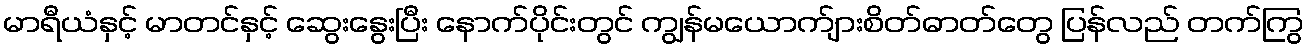
မာရီယံနှင့် မာတင်နှင့် ဆွေးနွေးပြီး နောက်ပိုင်းတွင် ကျွန်မယောက်ျားစိတ်ဓာတ်တွေ ပြန်လည် တက်ကြွ